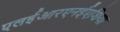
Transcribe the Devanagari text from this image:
एलईआरएनईएशिया